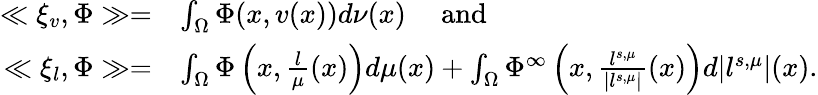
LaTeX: \begin{array}{rl}{\ll\xi_{v},\Phi\gg=}&{\int_{\Omega}\Phi(x,v(x))d\nu(x)\quad\mathrm{~and~}}\\ {\ll\xi_{l},\Phi\gg=}&{\int_{\Omega}\Phi\left(x,\frac{l}{\mu}(x)\right)d\mu(x)+\int_{\Omega}\Phi^{\infty}\left(x,\frac{l^{s,\mu}}{|l^{s,\mu}|}(x)\right)d|l^{s,\mu}|(x).}\end{array}